Lunatic asylums Madras 1892-1911 - 1892-1911
Year: 1892
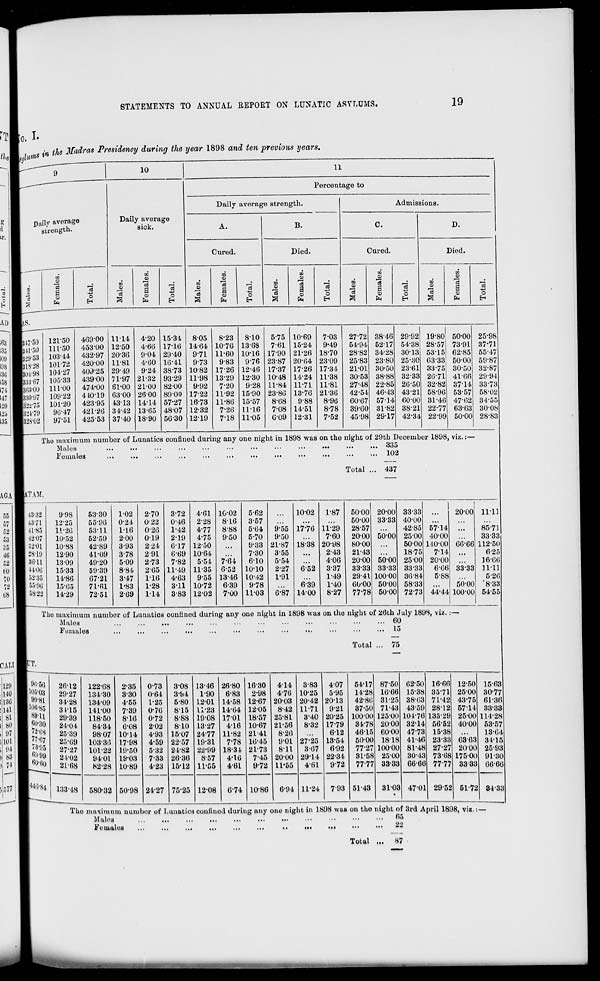
STATEMENTS TO ANNUAL REPORT ON LUNATIC ASYLUMS.
19
to. I-
. t fa Madras Presidency during the year 1898 and ten previous years.
10
Daily average
strength.
o
"9
S
EH
o
EH
Daily average
sick.
cc
CD
rt
CD
i
c3
CD
O
CO
ii
Percentage to
Daily average strength.
A.
Cured.
CO
CD
-"3
s
CD
O
B.
Died.
«
S
CO
CD
"3
a
CD
P-H
o
Admissions.
C.
Cured.
CO
CD
"3
CO
CD
"cS
s
CD
PH
o
D.
Died.
CO
CD
CO
CD
H
s
CD
PH
o
EH
31750
3U'50
32953
318'28
30498
333-67
3li3-0U
330".)7
32r7o
321-79
32802
121-50
111-50
103 -14
10172
104-27
10533
111-00
109-22
101-20
9G-47
97-51
469-00
453-00
432-97
420-00
409-25
439-00
474-00
410-19
423-95
421-26
42553
1114
12-50
20-36
11-81
29-49
71-97
81-00
63-00
43-13
34-42
37-40
4-20
4-66
9-04
4-60
9-24
21-32
2100
2600
14-14
13-65
18-90
15-34
17-16
29-40
10-41
38-73
93-29
82-00
89-00
57-27
48-07
5630
8-05
14-64
9-71
973
10-82
11-98
9-92
17-22
16-73
12-32
12-19
8-23
10-76
11-60
983
1726
13-29
7-20
11-92
11-86
7-26
7-18
810
13-63
10-16
976
12-46
12-30
9-28
15-90
15-57
11-16
11-05
5-75
7-61
17-90
23-87
17-37
10-48
11-84
23-86
8-68
7-08
G-09
10-69
15-24
21-26
20-64
17-26
14-24
11-71
13-76
9-88
1451
12-31
9-49
18-70
23-09
17-34
11-38
11-81
21-36
8-96
8-78
7-52
27-72
54-94
28-82
25-83
21-01
30-53
27-48
42-54
60-67
39-60
45-98
38-46
52-17
34-28
23-80|
30-50
38-88
22-85
46-43
57-14
31-82
2917
29-92
54-38
30-13
25-30
2361
32-33
26-50
4321
60-00
38-21
42-34
19-80
28-57!
53-151
6333
33-75
26-71
32-82
58-96
31-46
22-77
22-99
50-00
73-91
62-85
50-00
30-50
41-66
37-14
53-57
47-62
63-63
50-00
25-98
37-71
55-47
59-87
32-87
29-94
3373
58-02
34-55
30-08
28-83
The maximum number of Lunatics confined during any one night in 1898 was on the night of 29th December 1898, viz.:—
Mn.laa
...
...
...
...
...
...
...
...
...
...
...
... 335
Mali
Pe males
102
Total ... 437
vr.\M.
43-32
998
43-71
12-25
■n-85
11-26
4207
10-52
32-01
10-88
28-19
12-90
3(5-11
1309
44-06
15-33
52-K5
14-86
55-1)0
15-65
58-22
14-29
5330
102
2-70
3-72
4-61 10-02
5-62
1002
1-87
5000 20-00 33-33
I
20-00
5596
0-24
0-22
0-46
2-28
8-16
3-57
50-00 33-33 40-00
5311
116
0-26
1-42
4-77
8-88
5-64
9-55 17-76 11*28
28-57
42-85 57-14
52-59
200
019
2-19
4-75
9-50
5-70
9-50
7-60
2000 50-00 25-00 40-00
42-89
3-93
2-24
6-17 12-50
9-33 21-87 18-38 20-98
80-00
5000 140-00 66-66
41-09
3-78
291
6-69 1064
7-30
3-55
2-43
21-43
18-75
7-14
49-20
509
2-73
7-82
5-54 7-64
610
5-54
4-06
20-00 50-00 25-00 20-00
59-39
8-84
205 11-49 11-35 6-52 10-10
2-27
652
3-37
33-33 33-33 33-33
6-66 3333
67-21
3-47
116
4-63
955 13-46 10-42
1-91
1-49
29-41 100-00 36-84
5-88
71-61
1-83 , 1-28
311 10-72
6-39
9-78
6-39
1-40
0000 50-00 58-33
50-00
72-51
2-69
1-14
3-83 12-02
7-00 11-03
6-87 14-00
8-27
77-78 50-00 72-73 44-44 100-00
1111
85-71
33-33
112-50
6-25
] 6*66
11-11
5-20
'8-33
54-55
The maximum number of Lunatics confined during any one night in 1898 was on the night of 26th July 1898, viz. s—
Mulos
6o .
Females
...
...
...
...
...
•••
•••
•••
•••
•••
•••
••• *■ **
Total ... 75
86*56
1103*03
99-81
|10li-85
88'U
60*30
72*68
77*67
73*95
69-88
60*80
N'84
26-12
29-27
34-28
3115
29-39
24-04
25-39
25-69
27-27
21-02
21-68
133-48
122-68
134-30
134-09
141-00
118-50
84-34
98-07
103-36
101-22
9401
82-28
580-32
2-35
3-30
4-55
7-39
8-16
6-08
10-14
17-98
19-50
19-03
10-89
50-98
0-73
0*64
1-25
0-76
0-72
2-02
4-93
4-59
5-32
733
4-23
24-27
3-08
3b4
5-80
8-15
8-88
8-10
15-07
22-57
24*82
26-36
15-12
75-25
13-46
1-90
1201
11*88
19-08
13-27
24-77
19-31
22-99
857
12-08
26-80
6-83
14-58
14-64
1701
416
11-82
7-78
18-34
4*16
4-61
6-74
16-30
2-98
12-67
12-05
18-57
10-67
2l'4l
16-45
21-73
7'45
972
1086
4-14
4-76
2003
8-42
25-81
21-56
8-26
9-01
8-11
20-00
11*55
6-94
3-83
10-25
20-42
11-71
3-40
8-32
27-25
8-07
29-14
4*81
11-24
4-07
5-95
2013
8*21
20-25
1779
612
13-54
6-92
2234
9-72
7-93
54-17
14-28
42-86
37-50
10000
34-78
4615
50-00
77-2
31-58
77-77
51-43
87-50
16-66
31-25
71-43
125-00
2000
60-00
18-18
100-00
25-00
33-33
1
3103
62-50
15-38
38-63
43-59
101-76
32-14
4773
41-46
81-48
3043
66-66
47-01
16-66
35-71
71-42
28-12
135-29
56-52
15-38
23-33
27-:
73-68
77-77
29-52
12-50
2500
43-75
57-14
25-00
40-00
63-63
2000
175-00
3333
51-7:
1563
30-77
61*88
33-33
114-28
53-57
13-64
3115
25-93
91-30
06-60
84-33|
The maximum number of Lunatics coulinod during any one night in 1898 was on the night of 3rd April 1898, viz.:-
Maleg
M
,.
...
...
...
...
...
«••
•••
Ml
Pe males
2^
Total ...
87